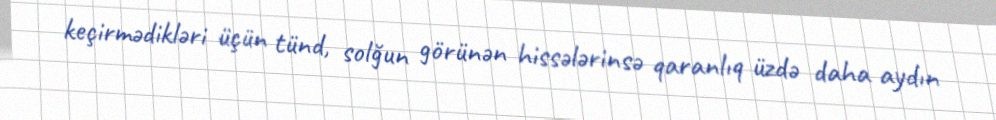
keçirmədikləri üçün tünd, solğun görünən hissələrinsə qaranlıq üzdə daha aydın